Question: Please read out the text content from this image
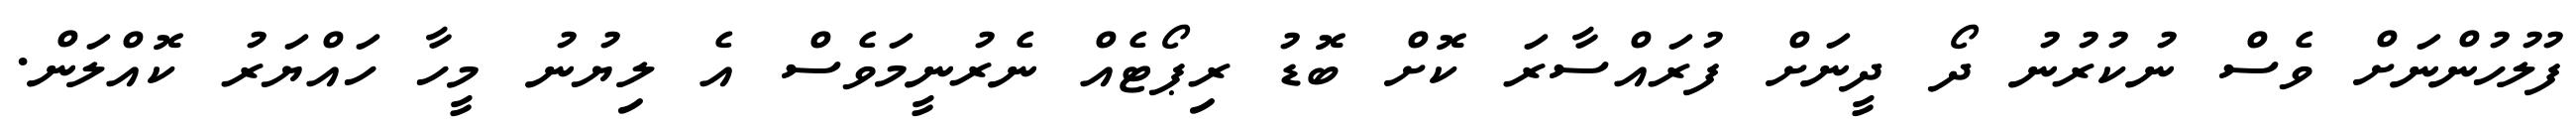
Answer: ފުލުހުންނަށް ވެސް ނުކުރުނު ދޯ ދީނަށް ފުރައްސާރަ ކޮށް ބޮޑު ރިޕޯޓެއް ނެރުނީމަވެސް އެ ލިޔުނު މީހާ ހައްޔަރު ކޮއްލަން.